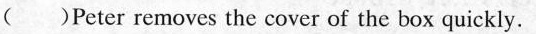
( )Peter removes the cover of the box quickly.